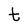
Character: t